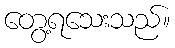
တွေ့ရသေးသည်။